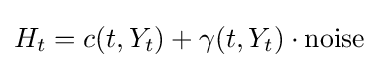
H_{t}=c(t,Y_{t})+\gamma (t,Y_{t})\cdot {\mbox{noise}}